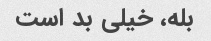
بله، خیلی بد است